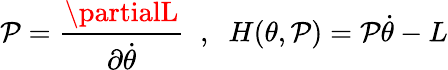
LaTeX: \mathcal{P}=\frac{{\partialL}}{{\partial\dot{{\theta}}}}\; \; ,\; \; H(\theta,\mathcal{P})=\mathcal{P}\dot{{\theta}}-L